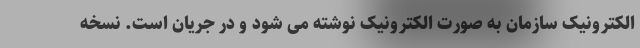
الکترونیک سازمان به صورت الکترونیک نوشته می شود و در جریان است. نسخه